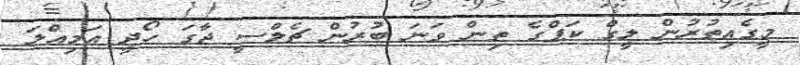
މީގެއިތުރުން ލީގް ކަޕްގެ ތިން ވަނަ ބުރުން ޗެލްސީ ޖާގަ ހޯދީ އަމިއްލަ